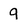
Character: 9